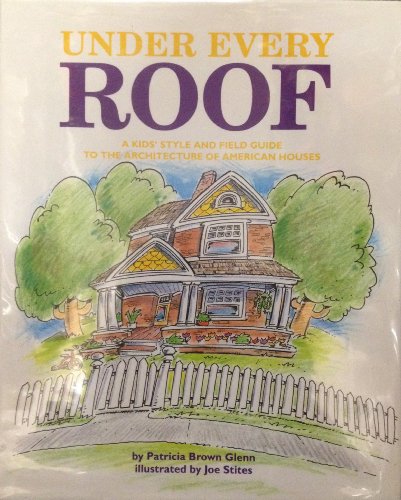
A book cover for Under every roof: A kid's style and field guide to the architecture of American houses; Patricia Brown Glenn; Children's Books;